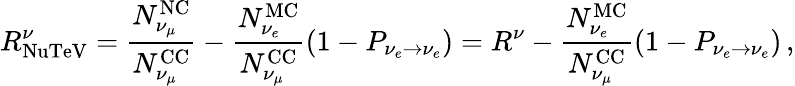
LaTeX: R_{\mathrm{NuTeV}}^{\nu}=\frac{N_{\nu_{\mu}}^{\mathrm{NC}}}{N_{\nu_{\mu}}^{\mathrm{CC}}}-\frac{N_{\nu_{e}}^{\mathrm{MC}}}{N_{\nu_{\mu}}^{\mathrm{CC}}}\left(1-P_{\nu_{e}\to\nu_{e}}\right)=R^{\nu}-\frac{N_{\nu_{e}}^{\mathrm{MC}}}{N_{\nu_{\mu}}^{\mathrm{CC}}}\left(1-P_{\nu_{e}\to\nu_{e}}\right)\, ,